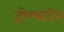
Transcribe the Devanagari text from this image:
होल्स्टीन